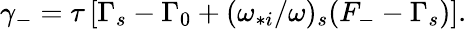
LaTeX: \begin{array}{r}{\gamma_{-}=\tau\left[\Gamma_{s}-\Gamma_{0}+(\omega_{*i}/\omega)_{s}(F_{-}-\Gamma_{s})\right].}\end{array}